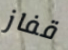
قفاز